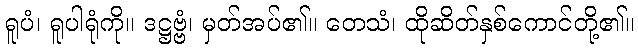
ရူပံ၊ ရူပါရုံကို။ ဒဋ္ဌဗ္ဗံ၊ မှတ်အပ်၏။ တေသံ၊ ထိုဆိတ်နှစ်ကောင်တို့၏။